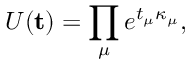
U ( \mathbf { t } ) = \prod _ { \mu } e ^ { t _ { \mu } \kappa _ { \mu } } ,